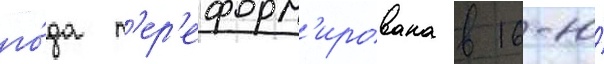
го́да п'ер'еформ'ирована в 16-ю́